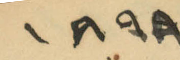
١٨٩٨